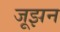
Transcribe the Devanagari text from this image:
जूझन